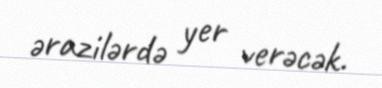
ərazilərdə yer verəcək.